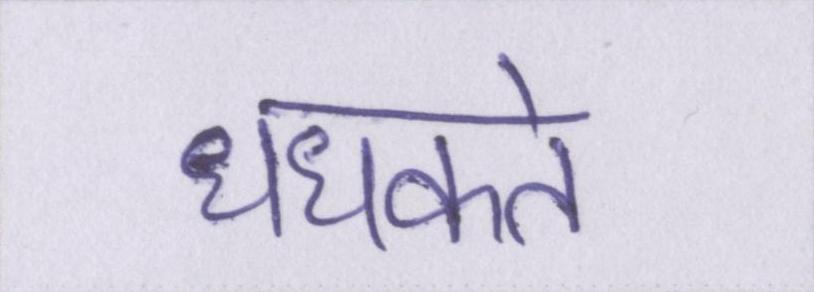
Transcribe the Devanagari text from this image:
धधकते